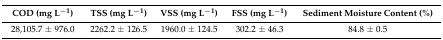
<table><thead><tr><td><b>COD (mg L<sup>−1</sup>)</b></td><td><b>TSS (mg L<sup>−1</sup>)</b></td><td><b>VSS (mg L<sup>−1</sup>)</b></td><td><b>FSS (mg L<sup>−1</sup>)</b></td><td><b>Sediment Moisture Content (%)</b></td></tr></thead><tbody><tr><td>28,105.7 ± 976.0</td><td>2262.2 ± 126.5</td><td>1960.0 ± 124.5</td><td>302.2 ± 46.3</td><td>84.8 ± 0.5</td></tr></tbody></table>